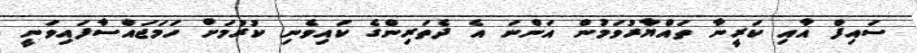
ސައިފް އާއި ކަރީނާ ތައްޔާރުވަމުން އަންނަ އެ ދެތަރިންގެ ކައިވެނި ކުރުމަށް ހަމަޖައްސާފައިވަނީ